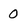
Character: O